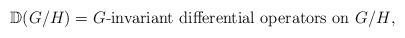
LaTeX: \begin{align*} {\mathbb D}(G/H) = \text{$G$-invariant differential operators on $G/H$}, \end{align*}